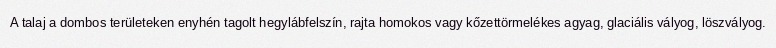
A talaj a dombos területeken enyhén tagolt hegylábfelszín, rajta homokos vagy kőzettörmelékes agyag, glaciális vályog, löszvályog.